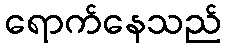
ရောက်နေသည်